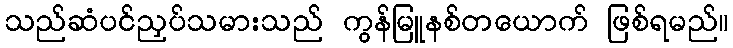
သည်ဆံပင်ညှပ်သမားသည် ကွန်မြူနစ်တယောက် ဖြစ်ရမည်။